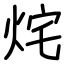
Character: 烢